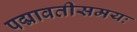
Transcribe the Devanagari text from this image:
पद्मावतीसमयः